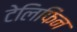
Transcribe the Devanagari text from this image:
टेलिफिन